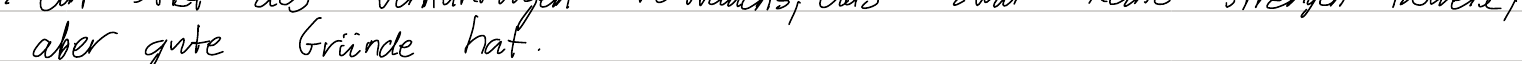
aber gute Gründe hat.